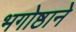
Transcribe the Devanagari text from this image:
भगोष्ठाने